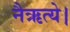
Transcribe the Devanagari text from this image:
नैऋत्ये।